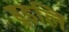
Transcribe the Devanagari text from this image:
हुइलि